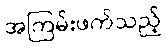
အကြမ်းဖက်သည့်